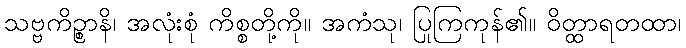
သဗ္ဗကိဉ္စာနိ၊ အလုံးစုံ ကိစ္စတို့ကို။ အကံသု၊ ပြုကြကုန်၏။ ဝိတ္ထာရတထာ၊